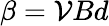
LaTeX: \beta={\mathcal{V}}Bd